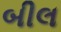
બીલ